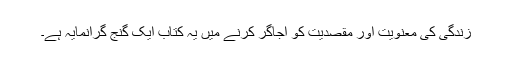
زندگی کی معنویت اور مقصدیت کو اجاگر کرنے میں یہ کتاب ایک گنج گرانمایہ ہے۔